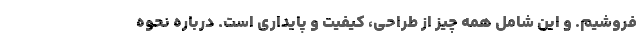
فروشیم. و این شامل همه چیز از طراحی، کیفیت و پایداری است. درباره نحوه